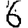
Digit: 6